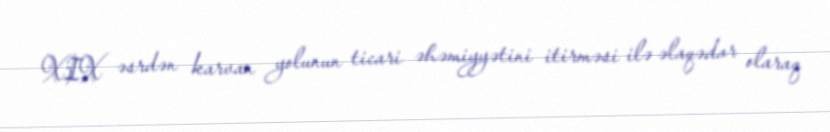
XIX əsrdən karvan yolunun ticari əhəmiyyətini itirməsi ilə əlaqədar olaraq